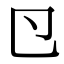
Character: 𭅲